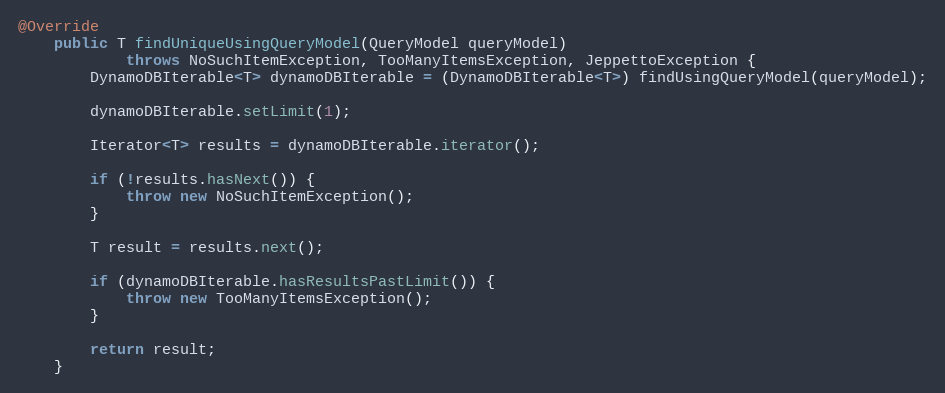
Language: Java
@Override
    public T findUniqueUsingQueryModel(QueryModel queryModel)
            throws NoSuchItemException, TooManyItemsException, JeppettoException {
        DynamoDBIterable<T> dynamoDBIterable = (DynamoDBIterable<T>) findUsingQueryModel(queryModel);

        dynamoDBIterable.setLimit(1);

        Iterator<T> results = dynamoDBIterable.iterator();

        if (!results.hasNext()) {
            throw new NoSuchItemException();
        }

        T result = results.next();

        if (dynamoDBIterable.hasResultsPastLimit()) {
            throw new TooManyItemsException();
        }

        return result;
    }